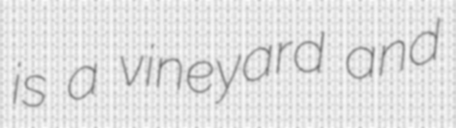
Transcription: is a vineyard and